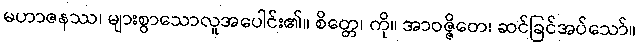
မဟာဇနဿ၊ များစွာသောလူအပေါင်း၏။ စိတ္တေ၊ ကို။ အာဝဇ္ဇိတေ၊ ဆင်ခြင်အပ်သော်။